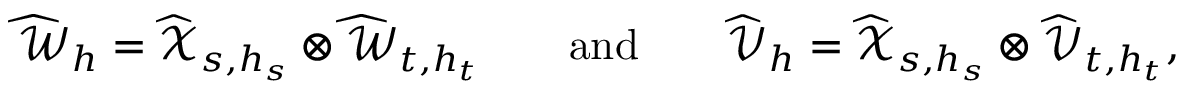
\begin{array} { r l r l r } { \widehat { \mathcal { W } } _ { h } = \widehat { \mathcal { X } } _ { s , h _ { s } } \otimes \widehat { \mathcal { W } } _ { t , h _ { t } } } & { } & { \mathrm { a n d } } & { } & { \widehat { \mathcal { V } } _ { h } = \widehat { \mathcal { X } } _ { s , h _ { s } } \otimes \widehat { \mathcal { V } } _ { t , h _ { t } } , } \end{array}